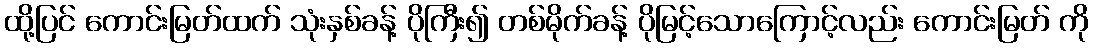
ထို့ပြင် ကောင်းမြတ်ထက် သုံးနှစ်ခန့် ပိုကြီး၍ တစ်မိုက်ခန့် ပိုမြင့်သောကြောင့်လည်း ကောင်းမြတ် ကို